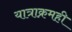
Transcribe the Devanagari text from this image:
यात्राक्रमही